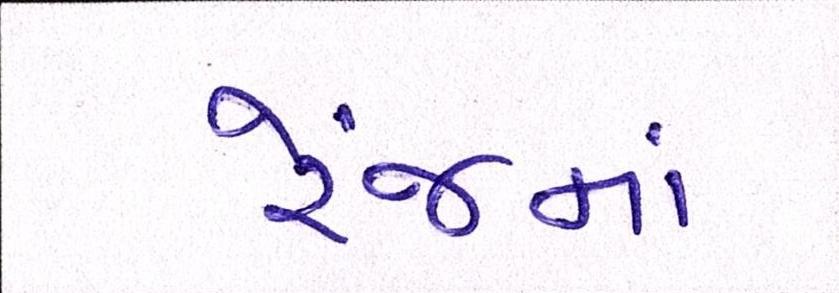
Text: રેંજમાં